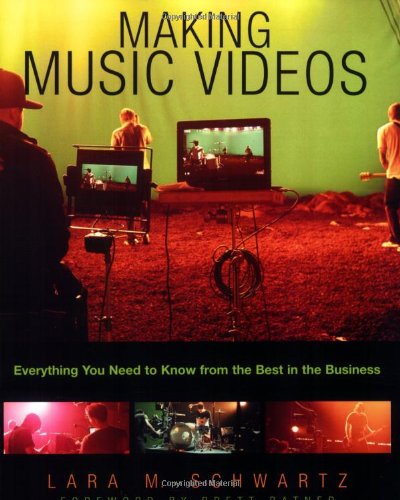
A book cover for Making Music Videos: Everything you Need to Know from the Best in the Business; Lara M. Schwartz; Humor & Entertainment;